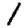
Digit: 1